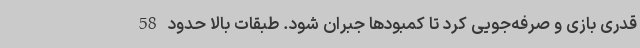
قدری بازی و صرفه‌جویی کرد تا کمبود‌ها جبران شود. طبقات بالا حدود 58